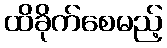
ထိခိုက်စေမည့်